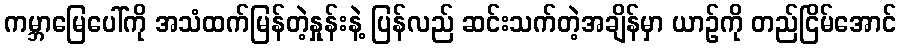
ကမ္ဘာမြေပေါ်ကို အသံထက်မြန်တဲ့နှုန်းနဲ့ ပြန်လည် ဆင်းသက်တဲ့အချိန်မှာ ယာဉ်ကို တည်ငြိမ်အောင်